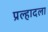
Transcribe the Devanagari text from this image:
प्रल्हादला